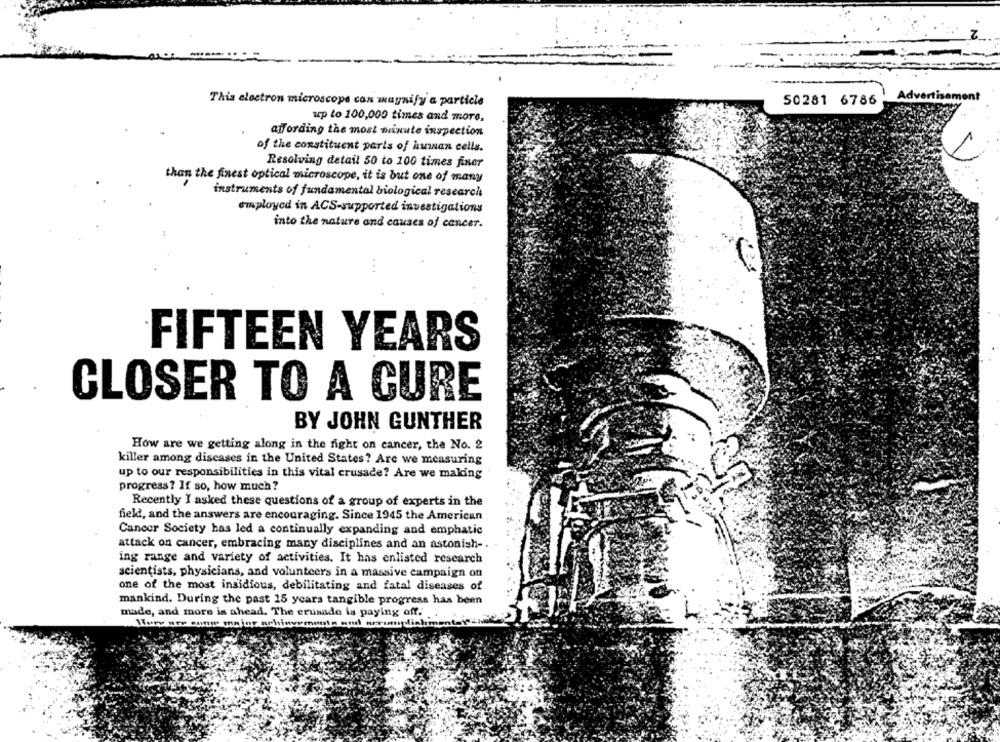
Thia electron microscope can magnify a particle
50281 6786
up to 100,000 times and more,
affording the most minute inspection
of the constituent parts of human cells.
Resolving detail 50 to 100 times finer
than the finest optical microscope, it is but one of many
instruments of fundamental biological research
employed in ACS-supported investigations
into the nature and causes of cancer.
...
FIFTEEN YEARS
CLOSER TO A CURE
BY JOHN GUNTHER
How are we getting along in the night on cancer, the No. 2
killer among discases in the United States? Are we measuring
up to our responsibilities in this vital crusade? Are we making
progress? If so, how much ?
Recently I asked these questions of a group of experts in the
field, and the answers are encouraging. Since 1945 the American
Cancer Society has led a continually expanding and emphatic
attack on cancer, embracing many disciplines and an astonish -.
ing range and variety of activities. It has enlisted research
scientists, physicians, and volunteers in a massive campaign on
one of the most insidious, debilitating and fatal diseases of
mankind. During the past 15 years tangible progress has been
made, and more is ahead. The crusade is paying off.